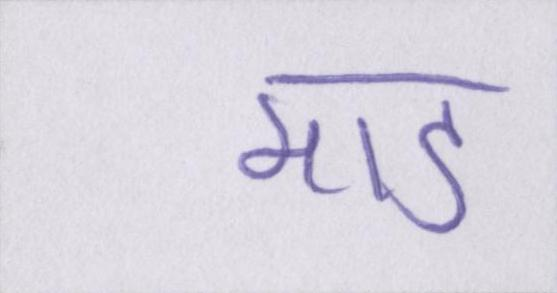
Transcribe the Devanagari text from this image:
मांड